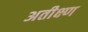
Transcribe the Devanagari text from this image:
अतीक्ष्ण